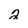
Character: 2